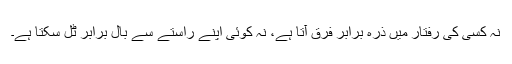
نہ کسی کی رفتار میں ذرہ برابر فرق آتا ہے، نہ کوئی اپنے راستے سے بال برابر ٹل سکتا ہے۔